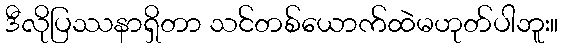
ဒီလိုပြဿနာရှိတာ သင်တစ်ယောက်ထဲမဟုတ်ပါဘူး။